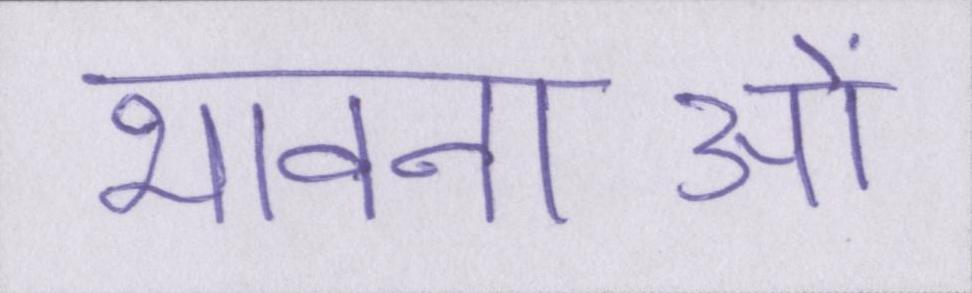
भावनाओं